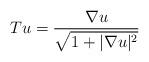
LaTeX: \begin{align*}Tu = \frac{\nabla u}{\sqrt{1+|\nabla u|^2}}\end{align*}